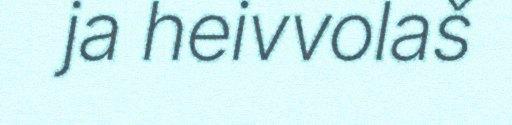
ja heivvolaš